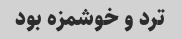
ترد و خوشمزه بود